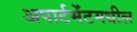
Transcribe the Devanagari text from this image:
अपार्टमेंटमधील